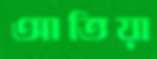
আতিয়া